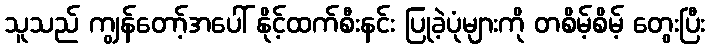
သူသည် ကျွန်တော့်အပေါ် နိုင့်ထက်စီးနင်း ပြုခဲ့ပုံများကို တစိမ့်စိမ့် တွေးပြီး